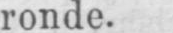
ronde.